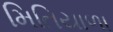
મિતિયાળા